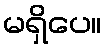
မရှိပေ။